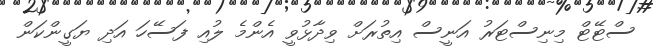
ސްޓޭޓް މިނިސްޓަރު އަނީސް އިތުރަށް ވިދާޅުވީ އެންމެ ލުއި ފަސޭހަ އަދި ޔަގީންކަން